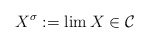
\begin{align*}X^\sigma := \lim X \in \mathcal C\end{align*}